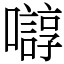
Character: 𫬛